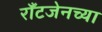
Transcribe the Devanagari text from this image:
राँटजेनच्या